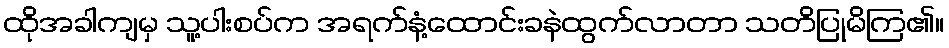
ထိုအခါကျမှ သူ့ပါးစပ်က အရက်နံ့ထောင်းခနဲထွက်လာတာ သတိပြုမိကြ၏။